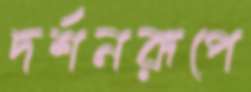
দর্শনরূপে